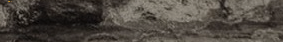
Try Our Pizza